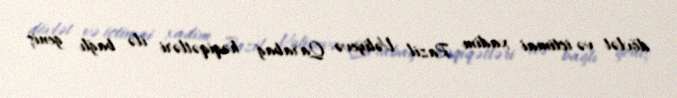
dövlət və ictimai xadim Razil Vəliyevə Qarabağ həqiqətləri ilə bağlı geniş